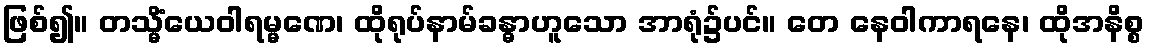
ဖြစ်၍။ တသ္မိံယေဝါရမ္မဏေ၊ ထိုရုပ်နာမ်ခန္ဓာဟူသော အာရုံ၌ပင်။ တေ နေဝါကာရနေ၊ ထိုအနိစ္စ